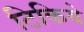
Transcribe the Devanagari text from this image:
टिकिये